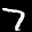
Label: 7